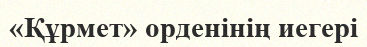
«Құрмет» орденінің иегері